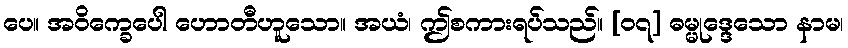
ပေ။ အဝိက္ခေပေါ ဟောတီဟူသော။ အယံ၊ ဤစကားရပ်သည်။ [၀၇] ဓမ္မုဒ္ဒေသော နာမ၊